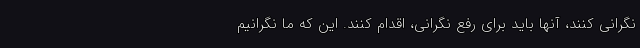
نگرانی کنند، آنها باید برای رفع نگرانی، اقدام کنند. این که ما نگرانیم